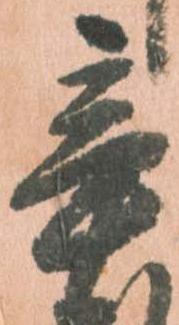
辛